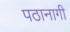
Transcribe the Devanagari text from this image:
पठानागी